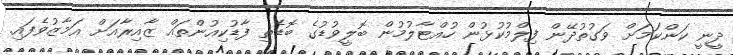
ދީނީ ކަންކަމަށް ވަގުތުދޭން ފިލްމުކުޅުން ހުއްޓާލުމުން ބޮލީވުޑުގެ ބޮޑެތި ފާޑުކިއުންތައް ޒާއިރާއަށް އަމާޒުވެފައި.